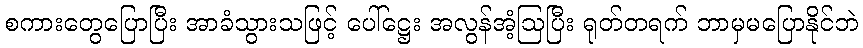
စကားတွေပြောပြီး အာခံသွားသဖြင့် ပေါ်ဋ္ဌေး အလွန်အံ့ဩပြီး ရုတ်တရက် ဘာမှမပြောနိုင်ဘဲ